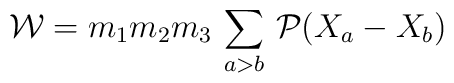
{\cal W}= m_{1}m_{2}m_{3}\, \sum_{a>b} \, {\cal P}(X_{a}-X_{b})